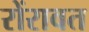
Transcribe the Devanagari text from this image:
रोंरावत